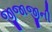
જીજાજીની